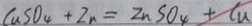
C u S O _ { 4 } + Z n = Z n S O _ { 4 } + C u